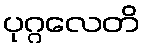
ပုဂ္ဂလေတိ